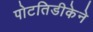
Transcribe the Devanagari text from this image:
पोटतिडीकेने